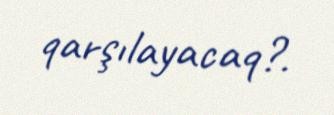
qarşılayacaq?.